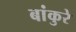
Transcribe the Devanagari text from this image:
बांकुरे